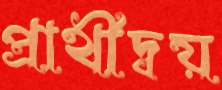
প্রার্থীদ্বয়